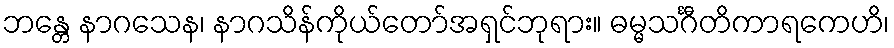
ဘန္တေ နာဂသေန၊ နာဂသိန်ကိုယ်တော်အရှင်ဘုရား။ ဓမ္မသင်္ဂီတိကာရကေဟိ၊